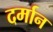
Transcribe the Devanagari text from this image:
दर्मान